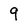
Character: 9